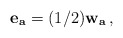
\begin{align*} {\bf e_a}= (1/2){\bf w_a}\, ,\end{align*}